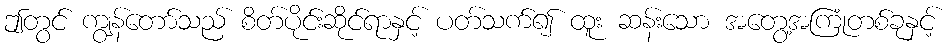
ဤတွင် ကျွန်တော်သည် စိတ်ပိုင်းဆိုင်ရာနှင့် ပတ်သက်၍ ထူး ဆန်းသော အတွေ့အကြုံတစ်ခုနှင့်